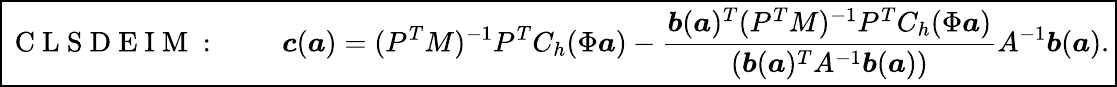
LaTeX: \boxed{\mathrm{~C~L~S~D~E~I~M~:~}\qquad\boldsymbol{c}(\boldsymbol{a})=(P^{T}M)^{-1}P^{T}C_{h}(\Phi\boldsymbol{a})-\frac{\boldsymbol{b}(\boldsymbol{a})^{T}(P^{T}M)^{-1}P^{T}C_{h}(\Phi\boldsymbol{a})}{(\boldsymbol{b}(\boldsymbol{a})^{T}A^{-1}\boldsymbol{b}(\boldsymbol{a}))}A^{-1}\boldsymbol{b}(\boldsymbol{a}).}